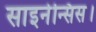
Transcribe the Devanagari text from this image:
साइनेन्सिस।